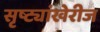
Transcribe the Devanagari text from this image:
सृष्ट्यांखेरीज